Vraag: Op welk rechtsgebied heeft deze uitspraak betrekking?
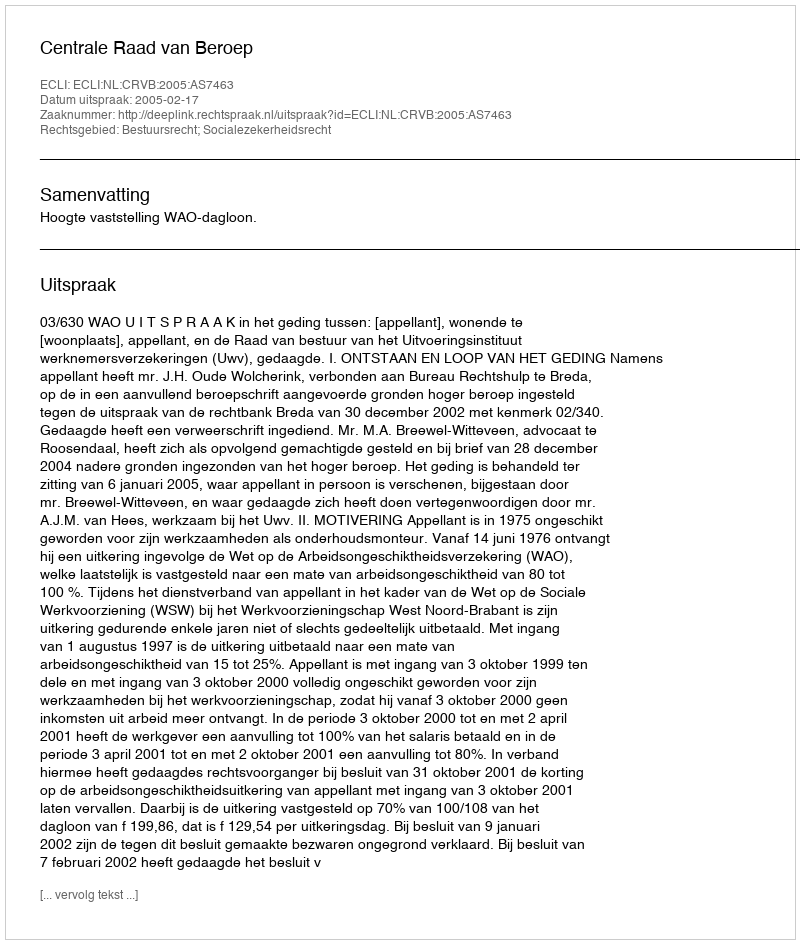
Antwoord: Bestuursrecht; Socialezekerheidsrecht